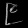
Digit: ၉